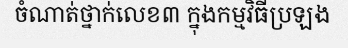
ចំណាត់ថ្នាក់លេខ៣ ក្នុងកម្មវិធីប្រឡង